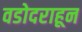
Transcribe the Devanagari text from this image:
वडोदराहून